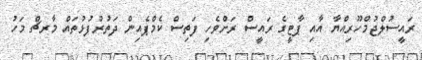
ރައީސުލްޖުމްހޫރިއްޔާ އާއި ޕާޓީގެ ރައީސް ރަށްވެހި ފަތިސް ކެމްޕެއިން ދަތުރުފުޅުތައް މާރޗް މަހު